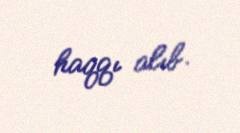
haqqı alıb.